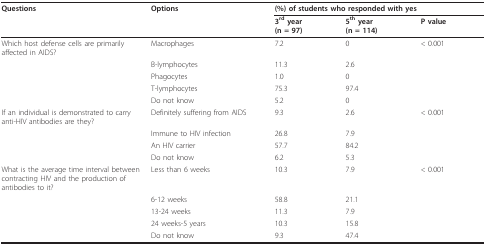
<table><thead><tr><td><b>Questions</b></td><td><b>Options</b></td><td colspan="3"><b>(%) of students who responded with yes</b></td></tr><tr><td></td><td></td><td><b>3<sup>rd </sup>year(n = 97)</b></td><td><b>5<sup>th </sup>year(n = 114)</b></td><td><b>P value</b></td></tr></thead><tbody><tr><td>Which host defense cells are primarily affected in AIDS?</td><td>Macrophages</td><td>7.2</td><td>0</td><td>&lt; 0.001</td></tr><tr><td></td><td>B-lymphocytes</td><td>11.3</td><td>2.6</td><td></td></tr><tr><td></td><td>Phagocytes</td><td>1.0</td><td>0</td><td></td></tr><tr><td></td><td>T-lymphocytes</td><td>75.3</td><td>97.4</td><td></td></tr><tr><td></td><td>Do not know</td><td>5.2</td><td>0</td><td></td></tr><tr><td>If an individual is demonstrated to carry anti-HIV antibodies are they?</td><td>Definitely suffering from AIDS</td><td>9.3</td><td>2.6</td><td>&lt; 0.001</td></tr><tr><td></td><td>Immune to HIV infection</td><td>26.8</td><td>7.9</td><td></td></tr><tr><td></td><td>An HIV carrier</td><td>57.7</td><td>84.2</td><td></td></tr><tr><td></td><td>Do not know</td><td>6.2</td><td>5.3</td><td></td></tr><tr><td>What is the average time interval between contracting HIV and the production of antibodies to it?</td><td>Less than 6 weeks</td><td>10.3</td><td>7.9</td><td>&lt; 0.001</td></tr><tr><td></td><td>6-12 weeks</td><td>58.8</td><td>21.1</td><td></td></tr><tr><td></td><td>13-24 weeks</td><td>11.3</td><td>7.9</td><td></td></tr><tr><td></td><td>24 weeks-5 years</td><td>10.3</td><td>15.8</td><td></td></tr><tr><td></td><td>Do not know</td><td>9.3</td><td>47.4</td><td></td></tr></tbody></table>